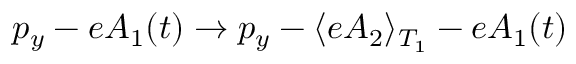
p _ { y } - e A _ { 1 } ( t ) \to p _ { y } - \langle e A _ { 2 } \rangle _ { T _ { 1 } } - e A _ { 1 } ( t )